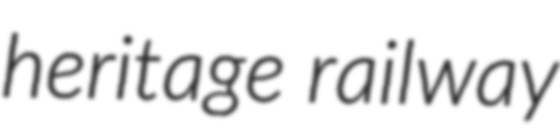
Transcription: heritage railway